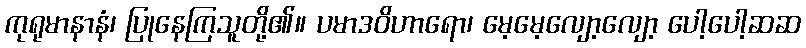
ကုရုမာနာနံ၊ ပြုနေကြသူတို့၏။ ပမာဒဝိဟာရော၊ မေ့မေ့လျော့လျော့ ပေါ့ပေါ့ဆဆ